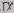
Text: TX